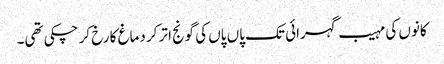
کانوں کی مہیب گہرائی تک پاں پاں کی گونج اتر کر دماغ کا رخ کر چکی تھی۔